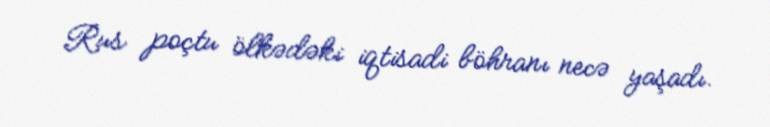
Rus poçtu ölkədəki iqtisadi böhranı necə yaşadı.